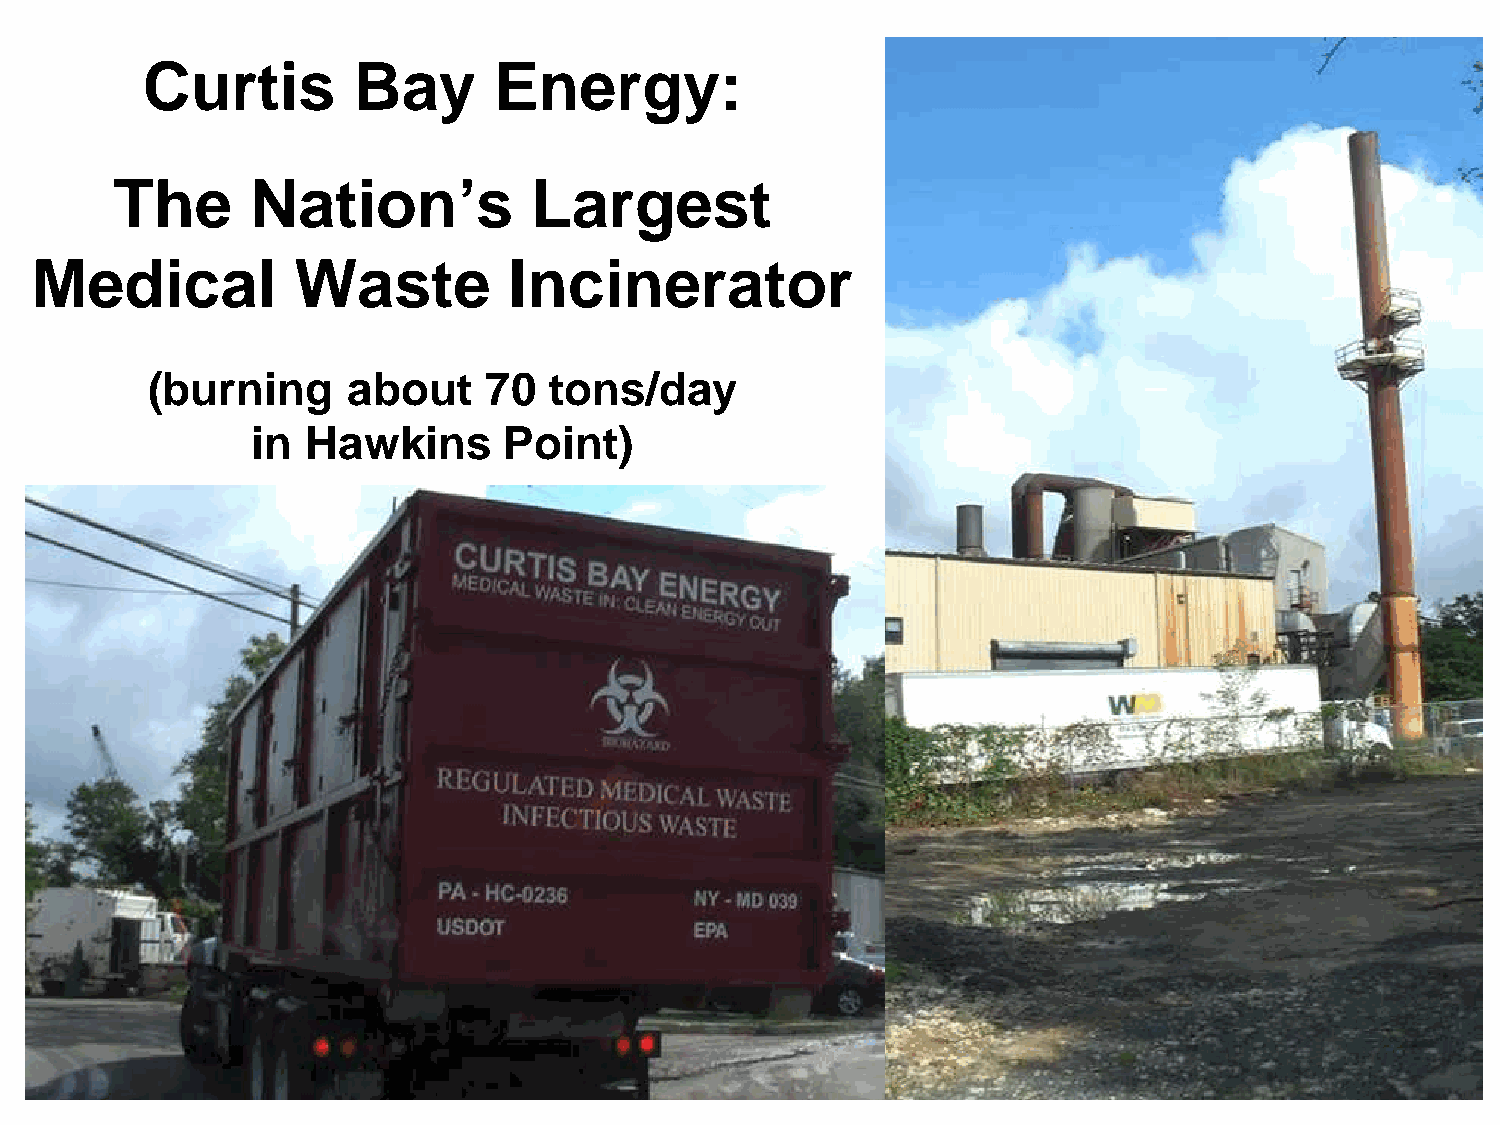
Curtis        Bay       Energy:
 The      Nation’s          Largest
 Medical          Waste          Incinerator
 (burning     about    70  tons/day
 in Hawkins      Point)